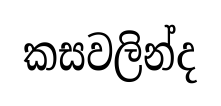
කසවලින්ද